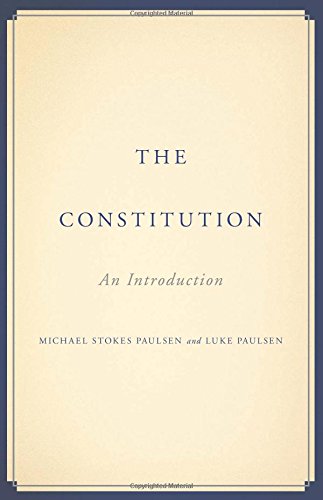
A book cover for The Constitution: An Introduction; Michael Stokes Paulsen; Law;